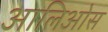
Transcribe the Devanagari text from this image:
आलिओस